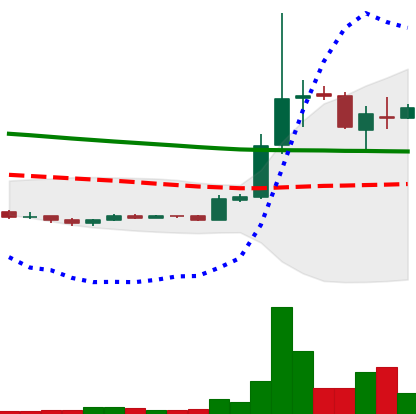
Ticker: XRP-USD
Chart end date: 2018-09-27
Forward return: -3.795%
Label: down_3_5